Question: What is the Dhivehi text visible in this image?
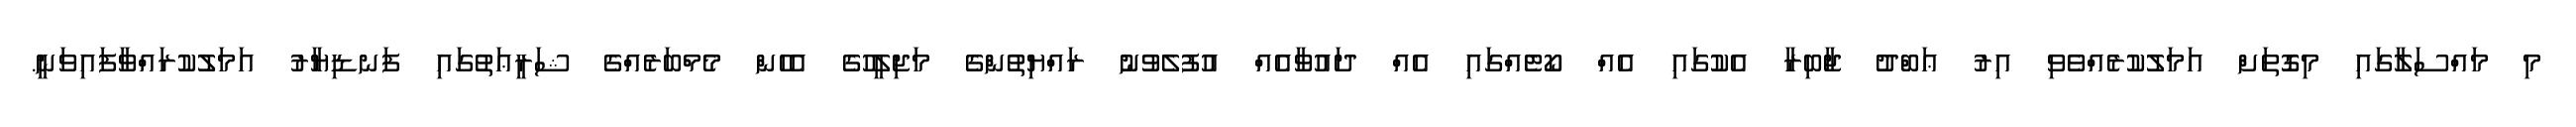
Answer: މި މައްސަލާގައި މިގޮތަށް އަމަލުކުރެއްވެވި އިރު ޢަބްދު ޖާބިރާ އެކުގައި އެއް ކޯޓެއްގައި އެއް ދައުވާއެއް އުފުލެވުނު ރައްޔިތުންގެ މަޖިލީހުގެ އެހެން މެމްބަރެއްގެ ޝަރީޢަތުގައި ފަނޑިޔާރު އަމަލުކުރައްވާފައިވަނީ.